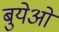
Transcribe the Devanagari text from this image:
बुयेओ